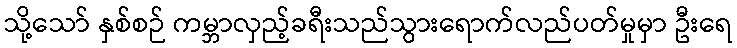
သို့သော် နှစ်စဉ် ကမ္ဘာလှည့်ခရီးသည်သွားရောက်လည်ပတ်မှုမှာ ဦးရေ